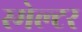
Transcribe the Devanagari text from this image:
स्मेल्टर